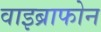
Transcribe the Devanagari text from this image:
वाइब्राफोन